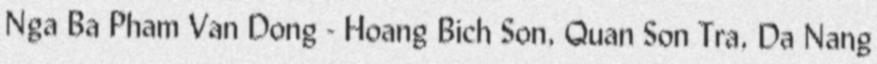
Nga Ba Pham Van Dong - Hoang Bich Son, Quan Son Tra, Da Nang